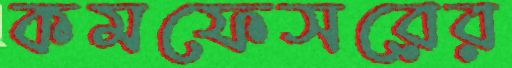
কমফেসরের